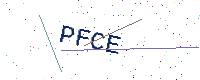
Text: PFCE